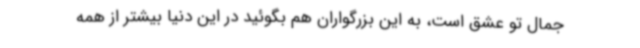
جمال تو عشق است، به این بزرگواران هم بگوئید در این دنیا بیشتر از همه